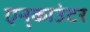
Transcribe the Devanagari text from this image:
एन्‌काउंटर